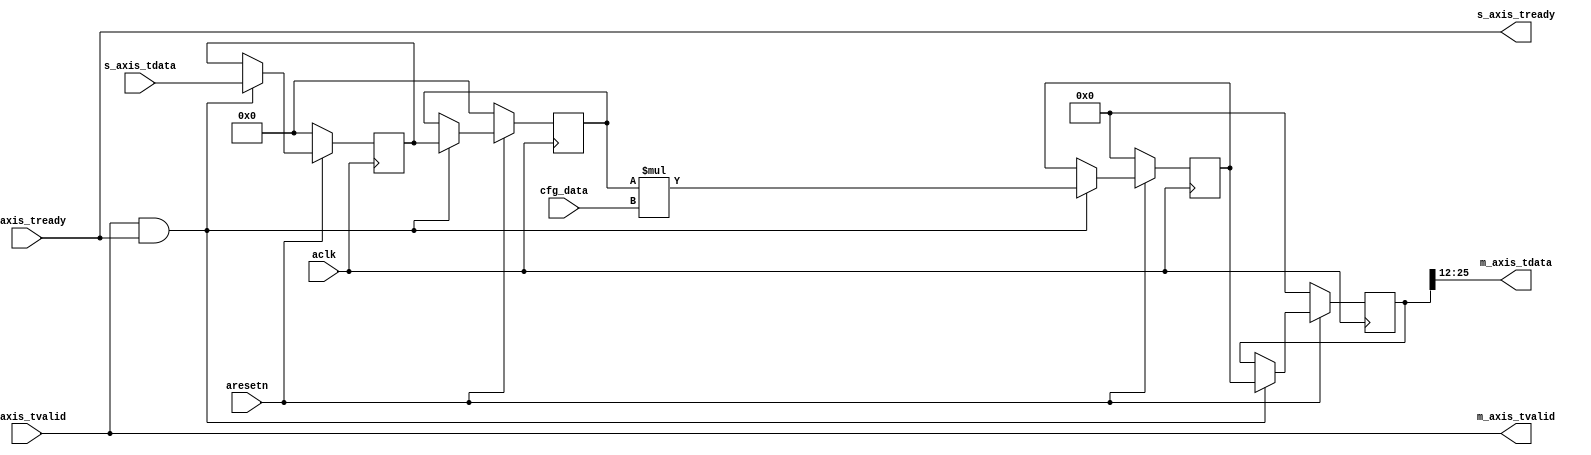
module axis_scaler #
(
  parameter integer AXIS_TDATA_WIDTH = 14
)
(
  input  wire                        aclk,
  input  wire                        aresetn,
  input  wire signed  [AXIS_TDATA_WIDTH-1:0]   cfg_data,
  input wire signed [AXIS_TDATA_WIDTH-1:0] s_axis_tdata,
  input wire                        s_axis_tvalid,
  output wire                       s_axis_tready,
  input  wire                        m_axis_tready,
  output wire signed [AXIS_TDATA_WIDTH-1:0] m_axis_tdata,
  output wire                        m_axis_tvalid
);
reg signed [AXIS_TDATA_WIDTH-1:0] s_axis_tdata_reg,s_axis_tdata_next;
reg [AXIS_TDATA_WIDTH*2-1:0] int_data_reg, int_data_next;
wire multiply = s_axis_tvalid & m_axis_tready;
always @(posedge aclk)
	begin
		if(~aresetn)
      			begin
				s_axis_tdata_reg <= 0;
				s_axis_tdata_next <= 0;
        			int_data_reg <= 0;
        			int_data_next <= 0;
      			end
    		else
    			begin
     				if(multiply)
					begin
						s_axis_tdata_reg <= s_axis_tdata;
						s_axis_tdata_next <= s_axis_tdata_reg;
 						int_data_reg <= s_axis_tdata_next*cfg_data;
        					int_data_next <= int_data_reg; 
    					end
			end
	end
assign s_axis_tready = m_axis_tready;
assign m_axis_tvalid = s_axis_tvalid;
assign m_axis_tdata = int_data_next[AXIS_TDATA_WIDTH*2-3:AXIS_TDATA_WIDTH-2];
endmodule